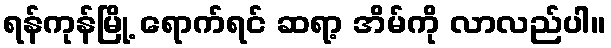
ရန်ကုန်မြို့ ရောက်ရင် ဆရာ့ အိမ်ကို လာလည်ပါ။